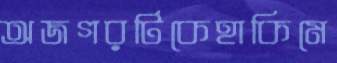
অজগরটিকেহাকিমে